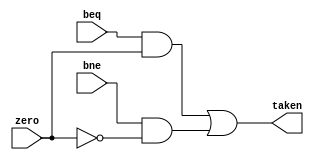
`timescale 1ns / 1ps
//////////////////////////////////////////////////////////////////////////////////
// Company: 
// Engineer: 
// 
// Design Name: 
// Module Name:    Taken 
// Project Name: 
// Target Devices: 
// Tool versions: 
// Description: 
//
// Dependencies: 
//
// Revision: 
// Revision 0.01 - File Created
// Additional Comments: 
//
//////////////////////////////////////////////////////////////////////////////////
module Taken(
input beq,
input bne,
input zero,
output taken
    );

assign taken=(beq&zero)|(bne&(~zero));
endmodule